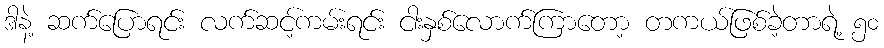
ဒါနဲ့ ဆက်ပြောရင်း လက်ဆင့်ကမ်းရင်း ငါးနှစ်လောက်ကြာတော့ တကယ်ဖြစ်ခဲ့တာရဲ့ ၅၀